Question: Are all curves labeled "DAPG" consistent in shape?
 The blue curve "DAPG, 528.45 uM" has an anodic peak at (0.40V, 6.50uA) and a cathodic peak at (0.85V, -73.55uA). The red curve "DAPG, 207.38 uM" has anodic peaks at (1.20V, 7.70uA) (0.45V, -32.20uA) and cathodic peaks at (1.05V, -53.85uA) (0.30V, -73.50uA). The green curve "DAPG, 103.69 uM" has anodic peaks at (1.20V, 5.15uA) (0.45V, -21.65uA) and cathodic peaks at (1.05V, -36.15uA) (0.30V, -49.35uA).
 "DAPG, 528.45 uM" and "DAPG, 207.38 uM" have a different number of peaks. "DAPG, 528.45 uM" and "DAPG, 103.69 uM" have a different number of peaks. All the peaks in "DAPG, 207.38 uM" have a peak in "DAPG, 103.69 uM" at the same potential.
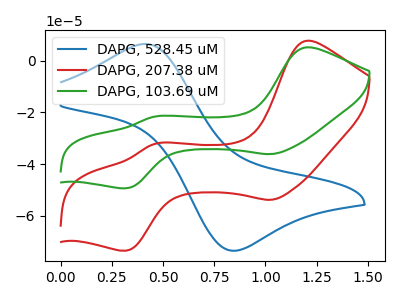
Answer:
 <answer>All the CV's of "DAPG" have similar shape.</answer>
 <eval>follow_rule</eval>